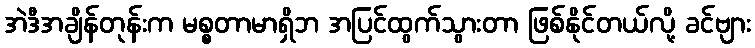
အဲဒီအချိန်တုန်းက မစ္စတာမာရှိဘ အပြင်ထွက်သွားတာ ဖြစ်နိုင်တယ်လို့ ခင်ဗျား